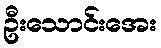
ဦးသောင်းအေး